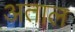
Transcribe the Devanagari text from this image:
अताल